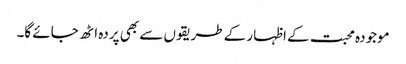
موجودہ محبت کے اظہار کے طریقوں سے بھی پردہ اٹھ جائے گا۔